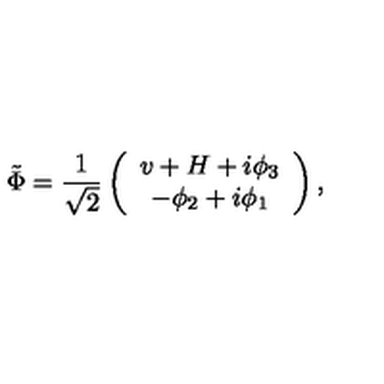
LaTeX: \tilde { \Phi } = \frac { 1 } { \sqrt { 2 } } \left( \begin{array} { c } { v + H + i \phi _ { 3 } } \\ { - \phi _ { 2 } + i \phi _ { 1 } } \\ \end{array} \right) ,